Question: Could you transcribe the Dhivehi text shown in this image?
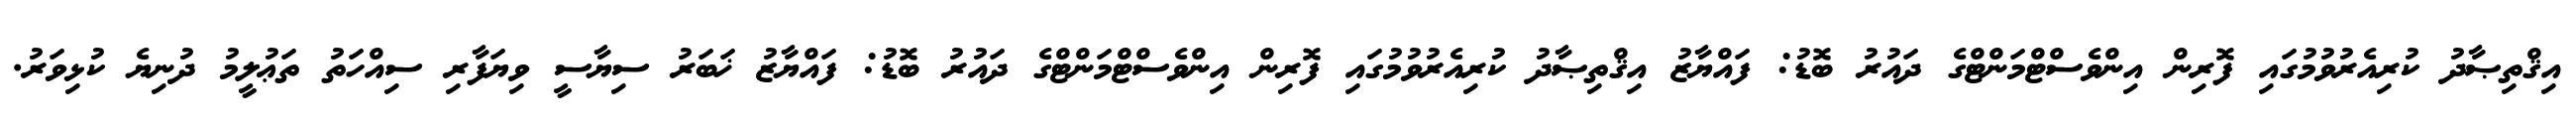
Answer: އިޤްތިޞާދު ކުރިއެރުވުމުގައި ފޮރިން އިންވެސްޓްމަންޓްގެ ދައުރު ބޮޑު: ފައްޔާޒު އިޤްތިޞާދު ކުރިއެރުވުމުގައި ފޮރިން އިންވެސްޓްމަންޓްގެ ދައުރު ބޮޑު: ފައްޔާޒު ޚަބަރު ސިޔާސީ ވިޔަފާރި ސިއްހަތު ތަޢުލީމު ދުނިޔެ ކުޅިވަރު.